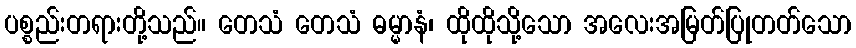
ပစ္စည်းတရားတို့သည်။ တေသံ တေသံ ဓမ္မာနံ၊ ထိုထိုသို့သော အလေးအမြတ်ပြုတတ်သော